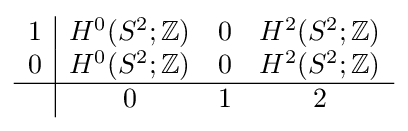
{\begin{array}{c|ccc}1&H^{0}(S^{2};\mathbb {Z} )&0&H^{2}(S^{2};\mathbb {Z} )\\0&H^{0}(S^{2};\mathbb {Z} )&0&H^{2}(S^{2};\mathbb {Z} )\\\hline &0&1&2\end{array}}